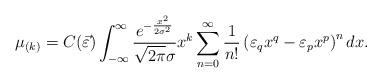
LaTeX: \begin{align*}\mu_{(k)}=C(\vec{\varepsilon})\int_{-\infty}^{\infty}\frac{e^{-\frac{x^{2}}{2\sigma^{2}}}}{\sqrt{2 \pi}\sigma} x^{k}\sum_{n=0}^{\infty} \frac{1}{n!} \left(\varepsilon_{q}x^{q}-\varepsilon_{p}x^{p} \right)^{n}dx.\end{align*}